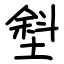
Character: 㙦